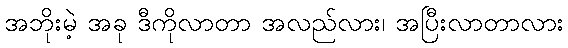
အဘိုးမဲ့ အခု ဒီကိုလာတာ အလည်လား၊ အပြီးလာတာလား